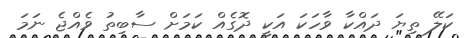
ކަލޭ ތިޔަ ދައްކާ ވާހަކަ އަކީ ދޮގެއް ކަމަށް ސާބިތު ވެއްޖެ ނަމަ